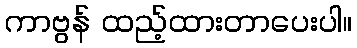
ကာဗွန် ထည့်ထားတာပေးပါ။